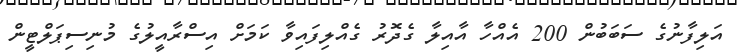
އަލިފާނުގެ ސަބަބުން 200 އެއްހާ އާއިލާ ގެދޮރު ގެއްލިފައިވާ ކަމަށް އިސްރާއީލުގެ މުނިސިޕަލްޓީން